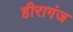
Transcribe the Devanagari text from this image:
हीरागंज